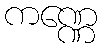
ကဏ္ဏေ